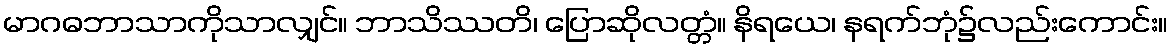
မာဂဓဘာသာကိုသာလျှင်။ ဘာသိဿတိ၊ ပြောဆိုလတ္တံ။ နိရယေ၊ နရက်ဘုံ၌လည်းကောင်း။